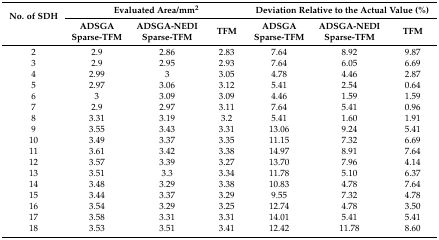
| <ROWSPAN=2> No. of SDH | <COLSPAN=3> Evaluated Area/mm2 | <COLSPAN=3> Deviation Relative to the Actual Value (%) |
 | ADSGA Sparse-TFM | ADSGA-NEDI Sparse-TFM | TFM | ADSGA Sparse-TFM | ADSGA-NEDI Sparse-TFM | TFM |
 | --- | --- | --- | --- | --- | --- | --- |
 | 2 | 2.9 | 2.86 | 2.83 | 7.64 | 8.92 | 9.87 |
 | 3 | 2.9 | 2.95 | 2.93 | 7.64 | 6.05 | 6.69 |
 | 4 | 2.99 | 3 | 3.05 | 4.78 | 4.46 | 2.87 |
 | 5 | 2.97 | 3.06 | 3.12 | 5.41 | 2.54 | 0.64 |
 | 6 | 3 | 3.09 | 3.09 | 4.46 | 1.59 | 1.59 |
 | 7 | 2.9 | 2.97 | 3.11 | 7.64 | 5.41 | 0.96 |
 | 8 | 3.31 | 3.19 | 3.2 | 5.41 | 1.60 | 1.91 |
 | 9 | 3.55 | 3.43 | 3.31 | 13.06 | 9.24 | 5.41 |
 | 10 | 3.49 | 3.37 | 3.35 | 11.15 | 7.32 | 6.69 |
 | 11 | 3.61 | 3.42 | 3.38 | 14.97 | 8.91 | 7.64 |
 | 12 | 3.57 | 3.39 | 3.27 | 13.70 | 7.96 | 4.14 |
 | 13 | 3.51 | 3.3 | 3.34 | 11.78 | 5.10 | 6.37 |
 | 14 | 3.48 | 3.29 | 3.38 | 10.83 | 4.78 | 7.64 |
 | 15 | 3.44 | 3.37 | 3.29 | 9.55 | 7.32 | 4.78 |
 | 16 | 3.54 | 3.29 | 3.25 | 12.74 | 4.78 | 3.50 |
 | 17 | 3.58 | 3.31 | 3.31 | 14.01 | 5.41 | 5.41 |
 | 18 | 3.53 | 3.51 | 3.41 | 12.42 | 11.78 | 8.60 |